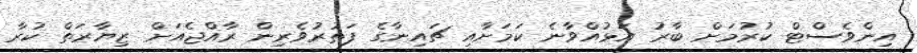
އިންވެސްޓް ކުރުމަށް ބާރު އަޅުއްވާނެ ކަމަށާއި ޗައިނާގެ ފަތުރުވެރިން ރާއްޖެއަށް ޒިޔާރަތް ކުރާ